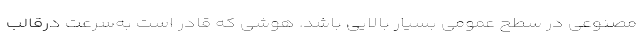
مصنوعی در سطح عمومی بسیار بالایی باشد. هوشی که قادر است به‌سرعت درقالب